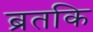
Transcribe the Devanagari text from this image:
ब्रतकि